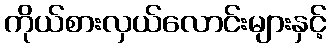
ကိုယ်စားလှယ်လောင်းများနှင့်